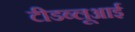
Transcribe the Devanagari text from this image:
टीडब्लूआई